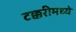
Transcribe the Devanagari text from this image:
टक्करीमध्ये